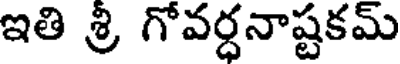
ఇతి శ్రి గోవర్ధనాష్టకమ్